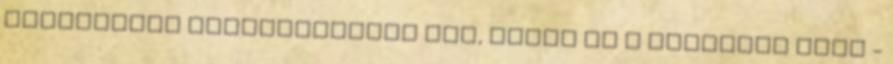
elsődleges megközelítési mód, nekem is a fejemben volt -